Lunatic asylums Central Provinces reports 1895-1909 - 1895-1909
Year: 1895
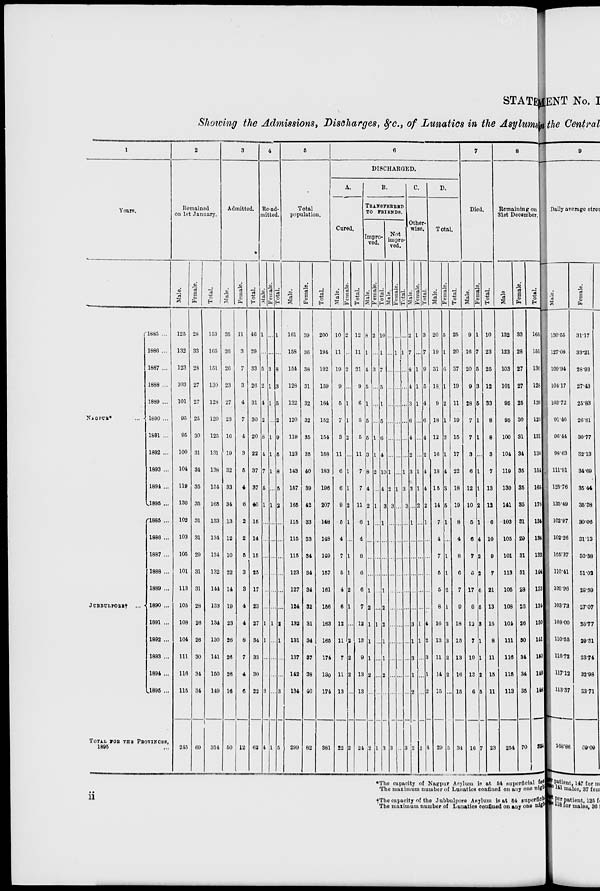
STATE
Showing the Admissions, Discharges, &c., of Lunatics in the Asylums
1
Years.
NAGPUR* ...
JUBBULPOER† ...
1885 ...
1886 ...
1887 ...
1888 ...
1889 ...
1890 ...
1891 ...
1892 ...
1893 ...
1894 ...
1895 ...
1885 ...
1886 ...
1887 ...
1888 ...
1889 ...
1890 ...
1891 ...
1892 ...
1893 ...
1894 ...
1895 ...
TOTAL FOR THE PROVINCES,
1895 ...
2
Remained
on 1st January.
Male.
125
132
123
103
101
95
95
100
104
119
130
102
103
105
101
113
105
108
104
111
116
115
215
Female.
28
33
28
27
27
25
30
31
34
35
35
31
31
29
31
31
28
26
26
30
34
34
69
Total.
153
165
151
130
128
120
125
131
138
154
165
133
134
134
132
144
133
134
130
141
150
149
314
3
Admitted.
Male.
35
26
26
23
27
23
16
19
32
33
34
13
12
10
22
14
19
23
26
26
26
16
50
Female.
11
3
7
3
4
7
4
3
5
4
6
2
2
5
3
3
4
4
8
7
4
6
12
Total.
46
29
33
26
31
30
20
22
37
37
40
15
14
15
25
17
23
27
34
33
30
22
62
4
Re-ad-
mitted.
Male.
1
...
5
2
4
2
8
4
7
5
1
...
...
...
...
...
...
1
1
...
...
3
4
Female.
...
...
3
1
1
...
1
1
1
...
1
...
...
...
...
...
...
1
...
...
...
...
1
Total.
1
...
8
3
5
2
9
5
8
5
2
...
...
...
...
...
...
2
1
...
...
3
5
5
Total
population.
Male.
161
158
154
128
132
120
119
123
143
157
165
115
115
115
123
127
124
132
131
137
142
134
299
Female.
39
36
38
31
32
32
35
35
40
39
42
33
33
34
34
34
32
31
34
37
38
10
82
Total.
200
194
192
159
164
152
154
158
183
196
207
148
148
149
157
161
156
163
165
174
130
174
381
6
DISCHARGED.
A.
Cured.
Male.
10
11
19
9
5
7
3
11
6
6
9
5
4
7
5
4
6
12
11
7
11
13
22
Female.
2
...
2
...
1
1
2
...
1
1
2
1
...
1
1
2
1
...
2
2
2
...
2
Total.
12
11
21
9
6
8
5
11
7
7
11
6
4
8
6
6
7
12
13
9
13
13
24
B.
C
TRANSFERRED
TO FRIEND.
Impro-
ved.
Male.
8
1
4
5
1
5
5
3
8
4
2
1
...
...
...
1
2
1
1
1
2
...
2
Female.
2
...
3
...
...
...
1
1
2
...
1
...
...
...
...
...
...
1
...
...
...
...
1
Total.
10
1
7
5
1
5
6
4
10
4
3
1
...
...
...
1
2
2
1
1
2
...
3
Not
impro-
ved.
Male.
...
...
...
...
...
...
...
...
1
2
3
...
...
...
...
...
...
...
...
...
...
...
3
Female.
...
1
...
...
...
...
...
...
...
1
...
...
...
...
...
...
...
...
...
...
...
...
...
Total.
...
1
...
...
...
...
...
...
1
3
3
...
...
...
...
...
...
...
...
...
...
...
3
Other-
wise.
Male.
2
7
8
4
3
6
4
2
3
3
...
1
...
...
...
...
...
3
1
3
1
2
2
Female.
1
...
1
1
1
...
...
...
1
1
2
...
...
...
...
...
...
1
1
...
...
...
2
Total.
3
7
9
5
4
6
4
2
4
4
2
1
...
...
...
...
...
4
2
3
1
2
4
D.
Total.
Male.
20
19
31
18
9
18
12
16
18
15
14
7
4
7
5
5
8
16
13
11
14
15
29
Female.
5
1
6
1
2
1
3
1
4
3
5
1
...
1
1
2
1
2
3
2
2
...
5
Total.
25
20
37
19
11
19
15
17
22
18
19
8
4
8
6
7
9
18
13
13
16
15
31
7
Died.
Male.
9
16
20
9
28
7
7
3
6
12
10
5
6
7
5
17
9
12
7
19
13
6
16
Female.
1
7
5
3
6
1
1
...
1
1
2
1
4
2
2
4
6
8
1
1
2
5
7
Total.
10
23
25
12
33
8
8
3
7
13
12
6
10
9
7
21
13
16
8
11
15
11
23
8
Remaining on
31st December.
Male.
132
123
103
101
95
95
100
104
119
130
141
103
105
101
113
105
108
101
111
116
115
113
254
Female.
33
28
27
27
25
30
31
34
35
35
35
31
29
31
31
28
23
26
80
34
34
35
70
Total.
165
151
130
128
120
125
131
138
151
165
176
134
134
132
144
133
134
130
141
180
149
148
324
*The capacity of Nagpur Asylum is at 54 superficial feb
The maximum number of Lunatics confined on any one night
+The capacity of the Jubbulpore Asylum is at 54 superficial
The maximum number of Lunatics confined on any one night
ii